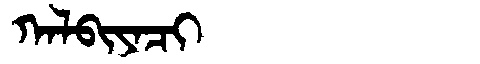
Manchu: ᡴᠠᠯᠪᡳᠶᠠᠴᡳ
Romanization: KALBIYACI